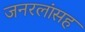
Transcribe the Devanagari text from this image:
जनरलांसह